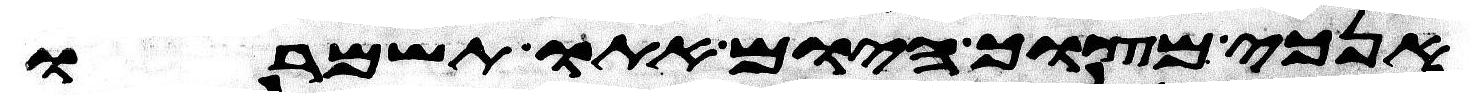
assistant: אנכי מצוך היום אתו תשמרו